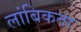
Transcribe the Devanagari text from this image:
लांबिकता